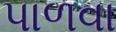
પાળવા